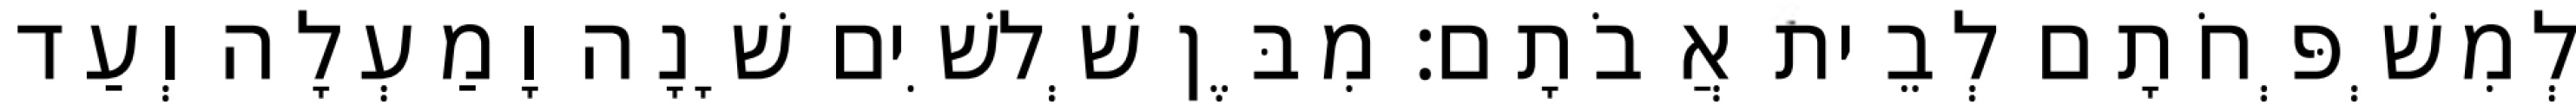
לְמִשְׁפְּחֹתָם לְבֵית אֲבֹתָם׃ מִבֶּן שְׁלשִׁים שָׁנָה וָמַעְלָה וְעַד